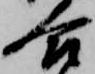
合